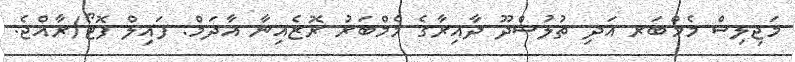
މަޖިލިސް މެމްބަރ އަދި ތުލުސްދޫ ދާއިރާގެ މެމްބަރު ރޮޒެއިނާ އާދަމް: ފައިލް ފޮޓޯ/ރާއްޖެ.